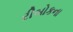
રીબોકના